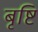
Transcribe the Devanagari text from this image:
बृष्टि